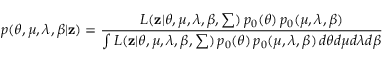
p ( \theta , \mu , \lambda , \beta | \mathbf { z } ) = \frac { L ( \mathbf { z } | \theta , \mu , \lambda , \boldsymbol { \beta } , \sum ) \, p _ { 0 } ( \theta ) \, p _ { 0 } ( \mu , \lambda , \boldsymbol { \beta } ) } { \int L ( \mathbf { z } | \theta , \mu , \lambda , \boldsymbol { \beta } , \sum ) \, p _ { 0 } ( \theta ) \, p _ { 0 } ( \mu , \lambda , \boldsymbol { \beta } ) \, d \theta d \mu d \lambda d \beta }